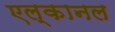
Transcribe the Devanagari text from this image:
एल्कानल